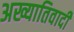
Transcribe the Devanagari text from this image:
अख्यातिवादी